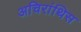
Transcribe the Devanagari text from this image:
अचिरांथिस